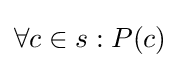
\forall c\in s:P(c)